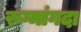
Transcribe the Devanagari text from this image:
रुग्मांगदा